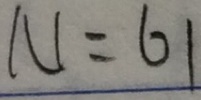
N = 6 1